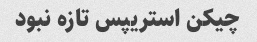
چیکن استریپس تازه نبود